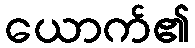
ယောက်၏